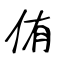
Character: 侑